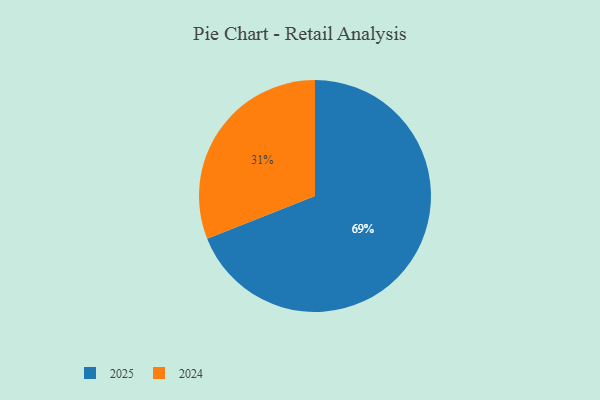
{"axis": {"x": "Category", "y": "Percentage"}, "legend": ["2024", "2025"], "data": [{"x": "2025", "y": 69, "type": "2025"}, {"x": "2024", "y": 31, "type": "2024"}]}